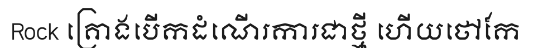
Rock គ្រោងបើកដំណើរការជាថ្មី ហើយថៅកែ